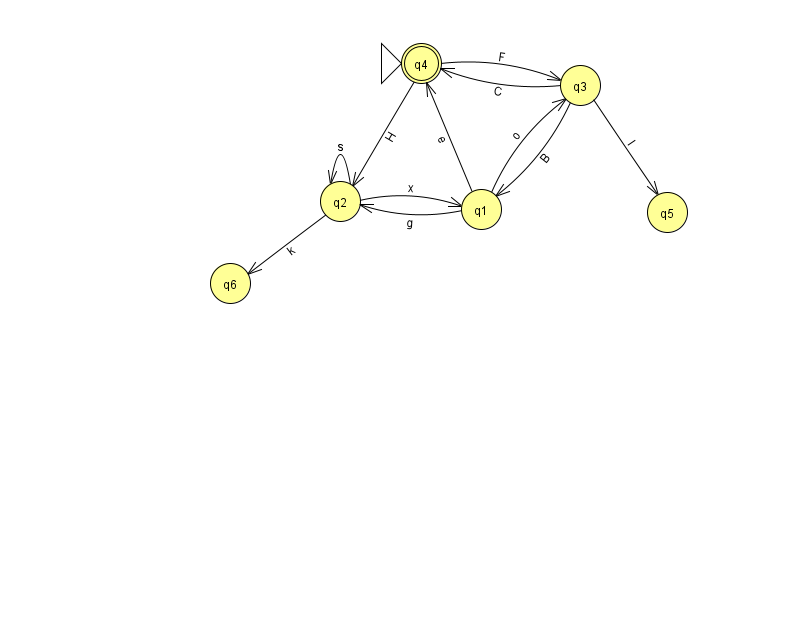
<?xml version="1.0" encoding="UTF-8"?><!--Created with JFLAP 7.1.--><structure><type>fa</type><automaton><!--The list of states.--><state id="1" name="q1"><x>481.0</x><y>196.0</y></state><state id="2" name="q2"><x>340.0</x><y>188.0</y></state><state id="3" name="q3"><x>580.0</x><y>72.0</y></state><state id="4" name="q4"><x>421.0</x><y>50.0</y><initial/><final/></state><state id="5" name="q5"><x>667.0</x><y>199.0</y></state><state id="6" name="q6"><x>230.0</x><y>270.0</y></state><!--The list of transitions.--><transition><from>1</from><to>2</to><read>g</read></transition><transition><from>2</from><to>2</to><read>s</read></transition><transition><from>3</from><to>5</to><read>I</read></transition><transition><from>2</from><to>6</to><read>k</read></transition><transition><from>4</from><to>2</to><read>H</read></transition><transition><from>3</from><to>1</to><read>B</read></transition><transition><from>4</from><to>3</to><read>F</read></transition><transition><from>1</from><to>3</to><read>o</read></transition><transition><from>1</from><to>4</to><read>e</read></transition><transition><from>2</from><to>1</to><read>x</read></transition><transition><from>3</from><to>4</to><read>C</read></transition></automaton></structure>